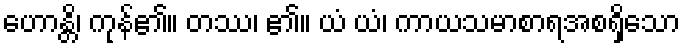
ဟောန္တိ၊ ကုန်၏။ တဿ၊ ၏။ ယံ ယံ၊ ကာယသမာစာရအစရှိသော